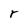
Character: r